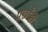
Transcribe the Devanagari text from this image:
पछाँही